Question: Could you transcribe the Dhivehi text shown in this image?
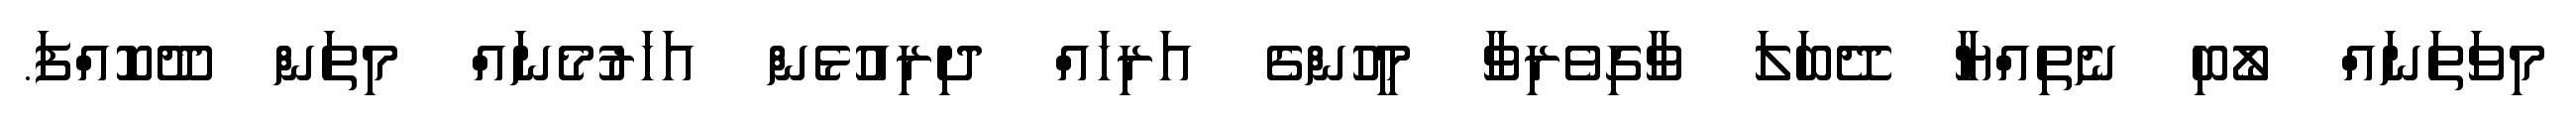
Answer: މިވަތަނައް ލޯބި ނެތިއްޔާ ދޭބަލަ ވާގިވެރިވާ މީހުންގެ އަރިހައް ދިރިއުޅެން އަހަރުމެނައް މިތަން ދޫކޮއްފަ.